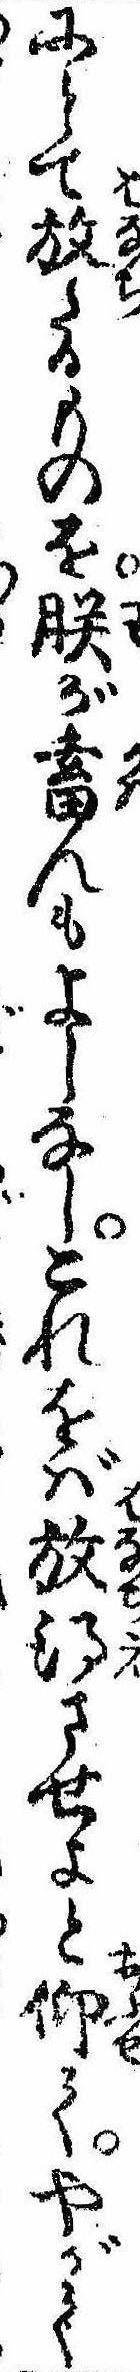
にとて放たるものを朕が畜んもよしなしこれをば放得させよと仰てやがて